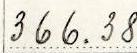
366.38